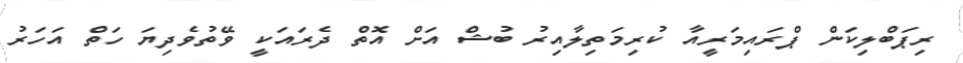
ރިޕަބްލިކަން ޕްރައިމަރީއާ ކުރިމަތިލާއިރު ބުޝް އަށް އޮތް ދެރައަކީ ވޭތުވެދިޔަ ހަތް އަހަރު